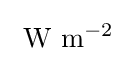
~\mathrm {W} ~\mathrm {m} ^{-2}